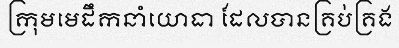
ក្រុមមេដឹកនាំយោធា ដែលបានគ្រប់គ្រង